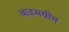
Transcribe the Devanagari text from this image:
वाडमयीन